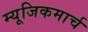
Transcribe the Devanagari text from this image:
म्यूजिकमार्च